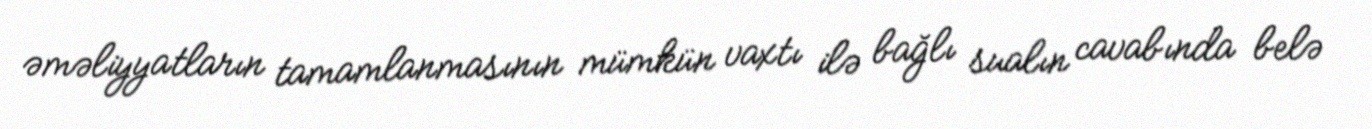
əməliyyatların tamamlanmasının mümkün vaxtı ilə bağlı sualın cavabında belə